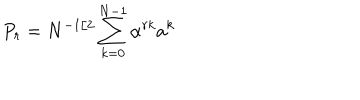
P _ { r } = N ^ { - 1 / 2 } \sum _ { k = 0 } ^ { N - 1 } \alpha ^ { r k } a ^ { k }